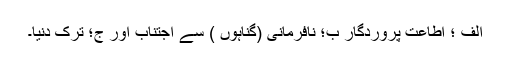
الف ؛ اطاعت پروردگار ب؛ نافرمانی (گناہوں ) سے اجتناب اور ج؛ ترک دنیا۔